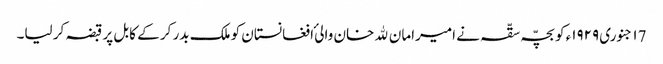
١7 جنوری ١٩٢٩ء کو بچّہ سقّہ نے امیرامان ﷲ خان والیٔ افغانستان کو ملک بدر کر کے کابل پر قبضہ کر لیا۔